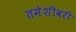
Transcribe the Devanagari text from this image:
तमेशीवरी